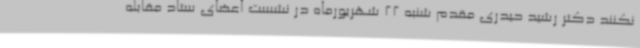
نکنند دکتر رشید حیدری مقدم شنبه 22 شهریورماه در نشست اعضای ستاد مقابله